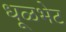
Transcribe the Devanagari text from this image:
धूळभेट